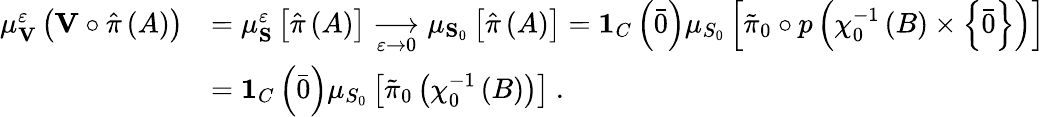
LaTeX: \begin{array}{rl}{\mu_{\mathbf{V}}^{\varepsilon}\left(\mathbf{V}\circ\hat{\pi}\left(A\right)\right)}&{=\mu_{\mathbf{S}}^{\varepsilon}\left[\hat{\pi}\left(A\right)\right]\underset{\varepsilon\rightarrow 0}{\longrightarrow}\mu_{\mathbf{S}_{0}}\left[\hat{\pi}\left(A\right)\right]=\mathbf{1}_{C}\left(\bar{0}\right)\mu_{S_{0}}\left[\tilde{\pi}_{0}\circ p\left(\chi_{0}^{-1}\left(B\right)\times\left\{ \bar{0}\right\} \right)\right]}\\ &{=\mathbf{1}_{C}\left(\bar{0}\right)\mu_{S_{0}}\left[\tilde{\pi}_{0}\left(\chi_{0}^{-1}\left(B\right)\right)\right]\ .}\end{array}